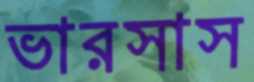
ভারসাস